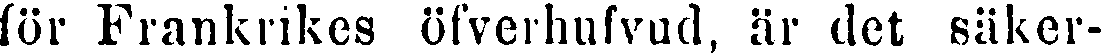
för Frankrikes öfverhufvud, är det säker-